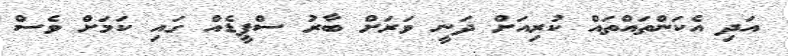
އަދި އެކަންތައްތައް ކުރިއަށް ދަނީ ވަރަށް ބާރު ސްޕީޑެއް ގައި ކަމަށް ވެސް